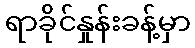
ရာခိုင်နှုန်းခန့်မှာ